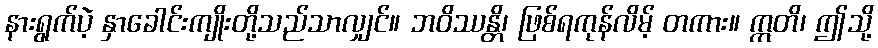
နားရွက်ပဲ့ နှာခေါင်းကျိုးတို့သည်သာလျှင်။ ဘဝိဿန္တိ၊ ဖြစ်ရကုန်လိမ့် တကား။ ဣတိ၊ ဤသို့